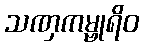
သဏှကမ္ဗုရိဝ